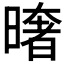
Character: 𭧤